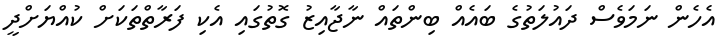
އެހެން ނަމަވެސް ދައުލަތުގެ ބައެއް ބިންތައް ނާޖާއިޒު ގޮތުގައި އެކި ފަރާތްތަކަށް ކުއްޔަށްދީ